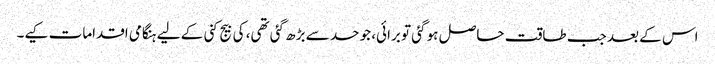
اس کے بعد جب طاقت حاصل ہو گئی تو برائی، جو حد سے بڑھ گئی تھی، کی بیج کنی کے لیے ہنگامی اقدامات کیے۔